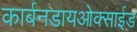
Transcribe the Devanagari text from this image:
कार्बनडायओक्साईड